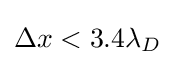
\Delta x<3.4\lambda _{D}